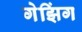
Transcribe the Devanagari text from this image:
गेझिंग